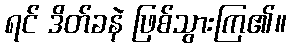
ရင် ဒိတ်ခနဲ ဖြစ်သွားကြ၏။